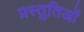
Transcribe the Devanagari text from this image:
प्रस्तुतिओं